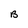
Character: B